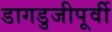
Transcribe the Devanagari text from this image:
डागडुजीपूर्वी